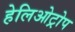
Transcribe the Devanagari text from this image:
हेलिओट्रोप